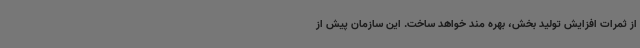
از ثمرات افزایش تولید بخش، بهره مند خواهد ساخت. این سازمان پیش از